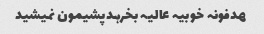
ھدفونہ خوبیہ عالیہ بخرہدپشیمون نمیشید